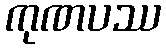
ကုဏပဿ